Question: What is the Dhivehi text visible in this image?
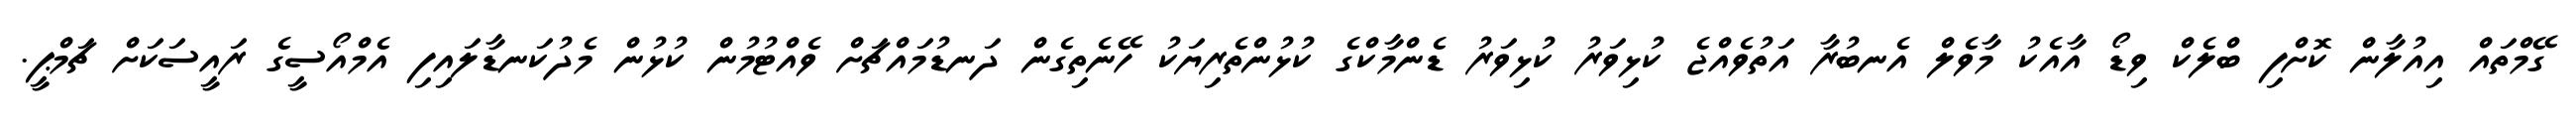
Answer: ގޭމްތައް އިއުލާން ކޮށްފި ބްލެކް ވިޑޯ އާއެކު މާވެލް އެނބުރާ އަތުވެއްޖެ ކުޅިވަރު ކުޅިވަރު ޑެންމާކްގެ ކުޅުންތެރިޔަކު ހޭނެތިގެން ދަނޑުމައްޗަށް ވެއްޓުމުން ކުޅުން މެދުކަނޑާލައިފި އެމްއޯސީގެ ރައީސަކަށް ޗަމްޕީ.